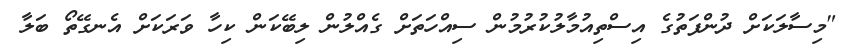
"މިސާލަކަށް ދުންފަތުގެ އިސްތިއުމާލުކުރުމުން ސިއްހަތަށް ގެއްލުން ލިބޭކަން ކިހާ ވަރަކަށް އެނގޭތޯ ބަލާ